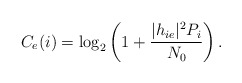
\begin{align*}{C_{e}}(i) = {\log _2}\left(1 + \frac{{|{h_{ie}}{|^2}P_i}}{{{N_{0}}}}\right).\end{align*}